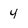
Character: 4